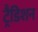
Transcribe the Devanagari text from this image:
ट्रैडिशन